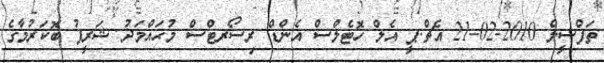
ތަފްސީލް 2010-02-21 އެޗް.ޕީ އެލް ހޮޓެލްސް އެންޑް ރިސޯރޓްސް މުޙައްމަދު ޝަރީފު ބޮކަރުމާގެ